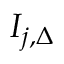
I _ { j , \Delta }